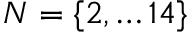
N = \{ 2 , \ldots 1 4 \}